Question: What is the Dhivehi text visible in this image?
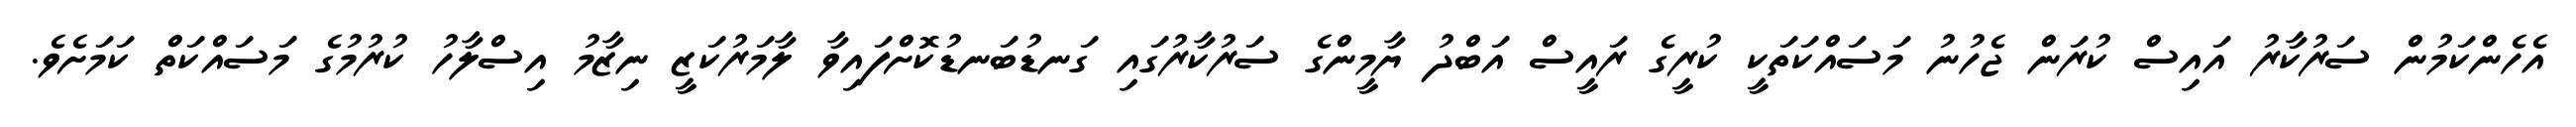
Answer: އެހެންކަމުން ސަރުކާރު އައިސް ކުރަން ޖެހުނު މަސައްކަތަކީ ކުރީގެ ރައީސް އަބްދު ޔާމީންގެ ސަރުކާރުގައި ގަނޑުބަނޑުކޮށްފައިވާ ލާމަރުކަޒީ ނިޒާމު އިސްލާހު ކުރުމުގެ މަސައްކަތް ކަމަށެވެ.